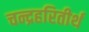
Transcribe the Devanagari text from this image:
चन्द्रहरितीर्थ